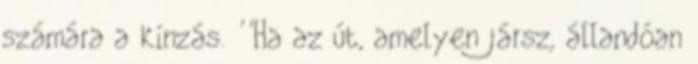
számára a kínzás. ''Ha az út, amelyen jársz, állandóan